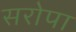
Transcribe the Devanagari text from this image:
सरोपा